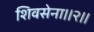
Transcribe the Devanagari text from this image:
शिवसेना।।२।।